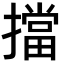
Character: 擋